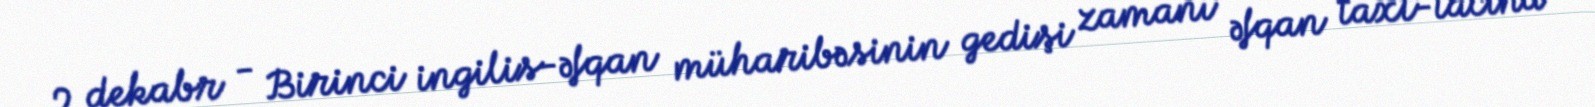
2 dekabr - Birinci ingilis-əfqan müharibəsinin gedişi zamanı əfqan taxt-tacına